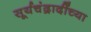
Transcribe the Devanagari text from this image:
सूर्यचंद्रादींच्या